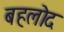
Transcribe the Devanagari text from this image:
बहलोद